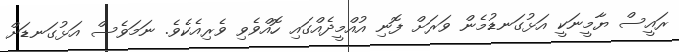
ރައީސް ޔާމީނަކީ އަޅުގަނޑުމެން ވަރަށް ފޮނި އުއްމީދެއްގައި ހޮއްވެވި ވެރިއެކެވެ. ނަމަވެސް އަޅުގަނޑަށް